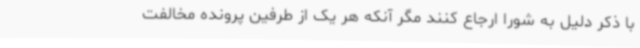
با ذکر دلیل به شورا ارجاع کنند مگر آنکه هر یک از طرفین پرونده مخالفت